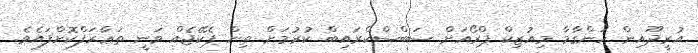
އުރީދޫއިން ހަންގާމާ މިއުޒިކް ޕްރޯއަށް ސަބްސްކްރައިބް ކުރުމަށް ތިން ޕެކޭޖެއް ވަނީ ތަޢާރަފްކޮށްފައެވެ.